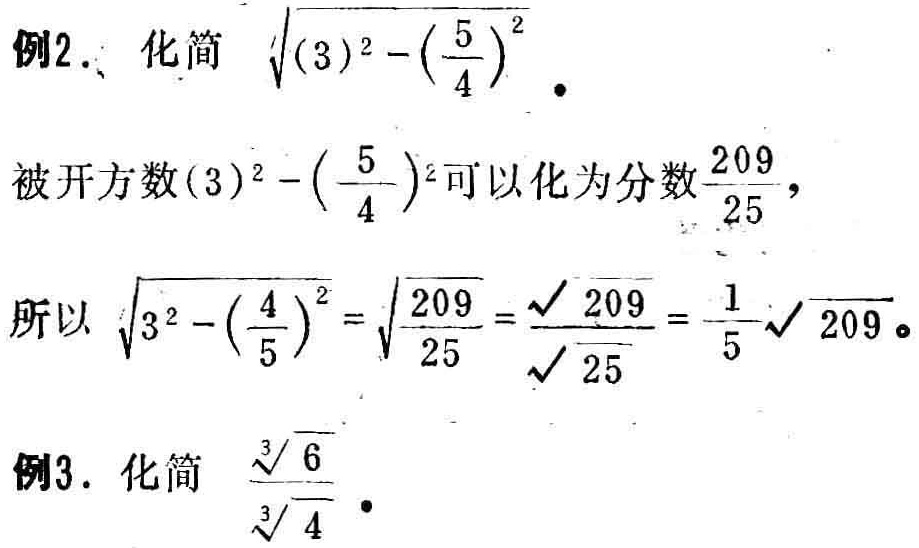
例2. 化简 $\sqrt{(3)^{2}-\left(\frac{5}{4}\right)^{2}}$.
被开方数$(3)^{2}-\left(\frac{5}{4}\right)^{2}$可以化为分数$\frac{209}{25}$，
所以 $\sqrt{3^{2}-\left(\frac{4}{5}\right)^{2}}=\sqrt{\frac{209}{25}}=\frac{\sqrt{209}}{\sqrt{25}}=\frac{1}{5}\sqrt{209}$。
例3. 化简 $\frac{\sqrt[3]{6}}{\sqrt[3]{4}}$。